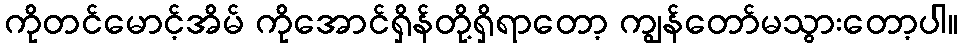
ကိုတင်မောင့်အိမ် ကိုအောင်ရှိန်တို့ရှိရာတော့ ကျွန်တော်မသွားတော့ပါ။